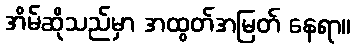
အိမ်ဆိုသည်မှာ အထွတ်အမြတ် နေရာ။